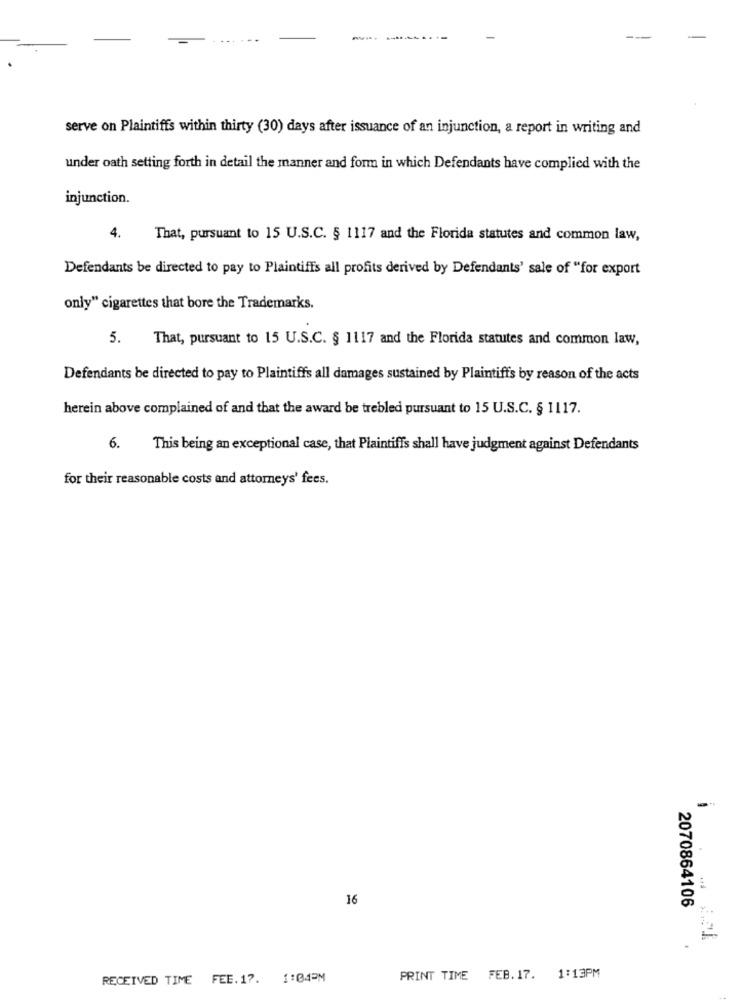
-
serve on Plaintiffs within thirty (30) days after issuance of an injunction, a report in writing and
under oath setting forth in detail the manner and form in which Defendants have complied with the
injunction.
4.
That, pursuant to 15 U.S.C. § 1117 and the Florida statutes and common law,
Defendants be directed to pay to Plaintiffs all profits derived by Defendants' sale of "for export
only" cigarettes that bore the Trademarks.
5.
That, pursuant to 15 U.S.C. § 1117 and the Florida statutes and common law,
Defendants be directed to pay to Plaintiffs all damages sustained by Plaintiffs by reason of the acts
herein above complained of and that the award be trebled pursuant to 15 U.S.C. § 1117.
6.
This being an exceptional case, that Plaintiffs shall have judgment against Defendants
for their reasonable costs and attorneys' fees.
16
2070864106
.
RECEIVED TIME FEE.17. 1:04PM
PRINT TIME FEB. 17. 1:13PM